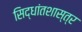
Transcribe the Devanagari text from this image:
सिद्धांतशास्त्र